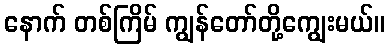
နောက် တစ်ကြိမ် ကျွန်တော်တို့ကျွေးမယ်။